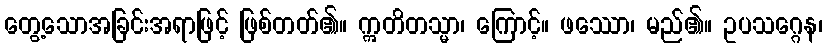
တွေ့သောအခြင်းအရာဖြင့် ဖြစ်တတ်၏။ ဣတိတသ္မာ၊ ကြောင့်။ ဖဿော၊ မည်၏။ ဥပသဂ္ဂေန၊